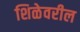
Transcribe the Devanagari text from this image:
शिळेवरील